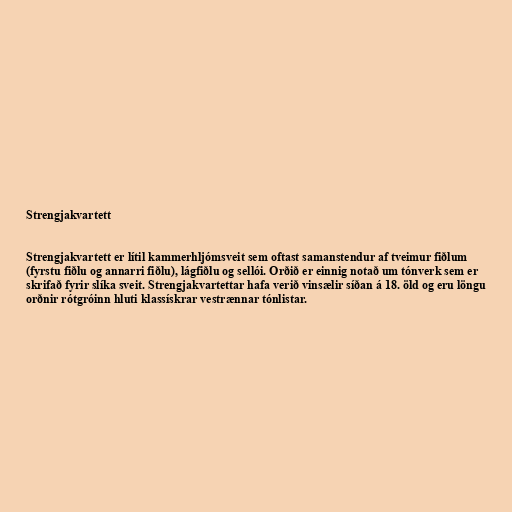
Strengjakvartett

Strengjakvartett er lítil kammerhljómsveit sem oftast samanstendur af tveimur fiðlum
(fyrstu fiðlu og annarri fiðlu), lágfiðlu og sellói. Orðið er einnig notað um tónverk sem er
skrifað fyrir slíka sveit. Strengjakvartettar hafa verið vinsælir síðan á 18. öld og eru löngu
orðnir rótgróinn hluti klassískrar vestrænnar tónlistar.